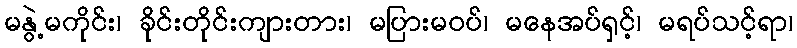
မနွဲ့မကိုင်း၊ ခိုင်းတိုင်းကျားတား၊ မပြားမဝပ်၊ မနေအပ်ရှင့်၊ မရပ်သင့်ရာ၊